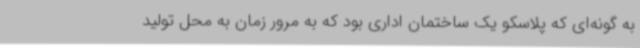
به گونه‌ای که پلاسکو یک ساختمان اداری بود که به مرور زمان به محل تولید